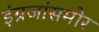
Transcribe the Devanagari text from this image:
इंग्रजांसमोर